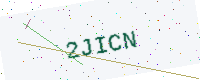
Text: 2JICN